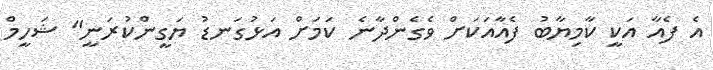
އެ ފެއާ އަކީ ކާމިޔާބު ފެއާއަކަށް ވެގެންދާނެ ކަމަށް އަޅުގަނޑު ޔަގީންކުރަނީ" ޝަހީމް